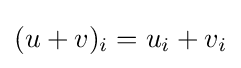
(u+v)_{i}=u_{i}+v_{i}